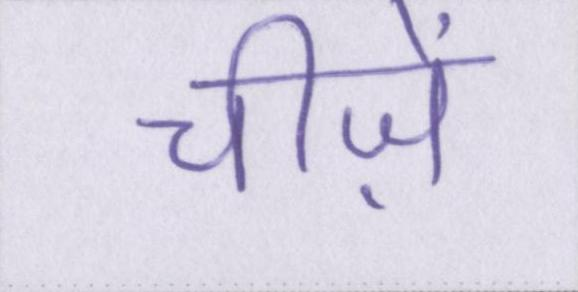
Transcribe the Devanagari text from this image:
चीज़ें